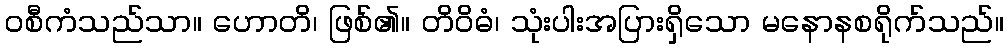
ဝစီကံသည်သာ။ ဟောတိ၊ ဖြစ်၏။ တိဝိဓံ၊ သုံးပါးအပြားရှိသော မနောနစရိုက်သည်။